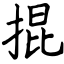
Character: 掍